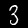
Digit: 3